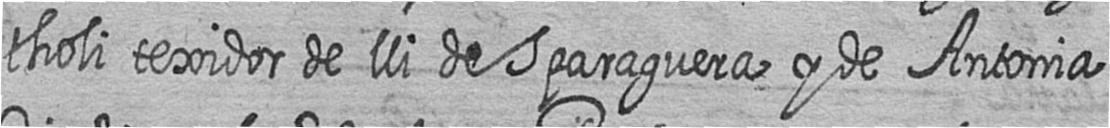
tholi texidor de lli de Sparaguera y de Antonia